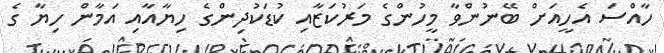
ހާއްސަ އެހީއަށް ބޭނުންވާ މީހުންގެ މަރުކަޒާއި ކުޑަކުދިންގެ ހިޔާއާއި އަމާން ހިޔާ ގެ